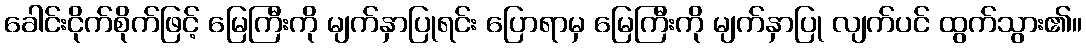
ခေါင်းငိုက်စိုက်ဖြင့် မြေကြီးကို မျက်နှာပြုရင်း ပြောရာမှ မြေကြီးကို မျက်နှာပြု လျက်ပင် ထွက်သွား၏။